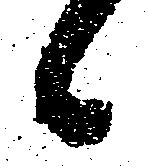
候